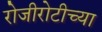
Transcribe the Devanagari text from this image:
रोजीरोटीच्या